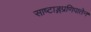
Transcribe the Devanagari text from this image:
साष्टाङ्गप्रणिपातेन